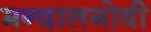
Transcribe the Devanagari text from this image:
मन्दालगोवी